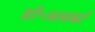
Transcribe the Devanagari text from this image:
डॉ॰अलबर्ट